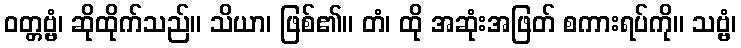
ဝတ္တဗ္ဗံ၊ ဆိုထိုက်သည်။ သိယာ၊ ဖြစ်၏။ တံ၊ ထို အဆုံးအဖြတ် စကားရပ်ကို။ သဗ္ဗံ၊